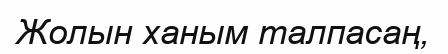
Жолын ханым талпасаң,